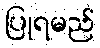
ပြုရမည်